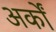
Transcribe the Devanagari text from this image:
अर्कों